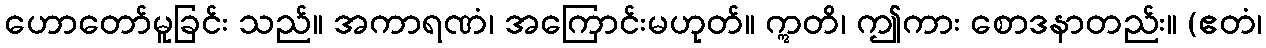
ဟောတော်မူခြင်း သည်။ အကာရဏံ၊ အကြောင်းမဟုတ်။ ဣတိ၊ ဤကား စောဒနာတည်း။ (ဧတံ၊